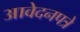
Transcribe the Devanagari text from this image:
आवेदनपत्रे